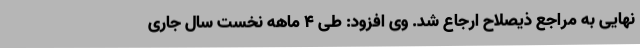
نهایی به مراجع ذیصلاح ارجاع شد. وی افزود: طی 4 ماهه نخست سال جاری